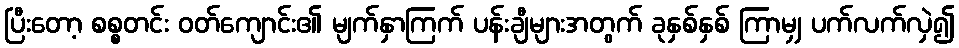
ပြီးတော့ စစ္စတင်း ဝတ်ကျောင်း၏ မျက်နှာကြက် ပန်းချီများအတွက် ခုနှစ်နှစ် ကြာမျှ ပက်လက်လှဲ၍